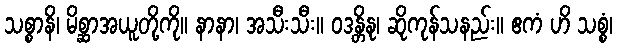
သစ္စာနိ၊ မိစ္ဆာအယူတို့ကို။ နာနာ၊ အသီးသီး။ ဝဒန္တိနု၊ ဆိုကုန်သနည်း။ ဧကံ ဟိ သစ္စံ၊